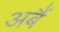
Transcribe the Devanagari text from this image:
अबैं